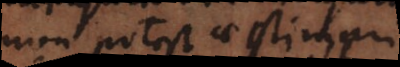
non potest aestimari